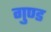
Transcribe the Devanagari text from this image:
गुण्ड